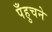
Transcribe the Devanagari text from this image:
पँहुचने